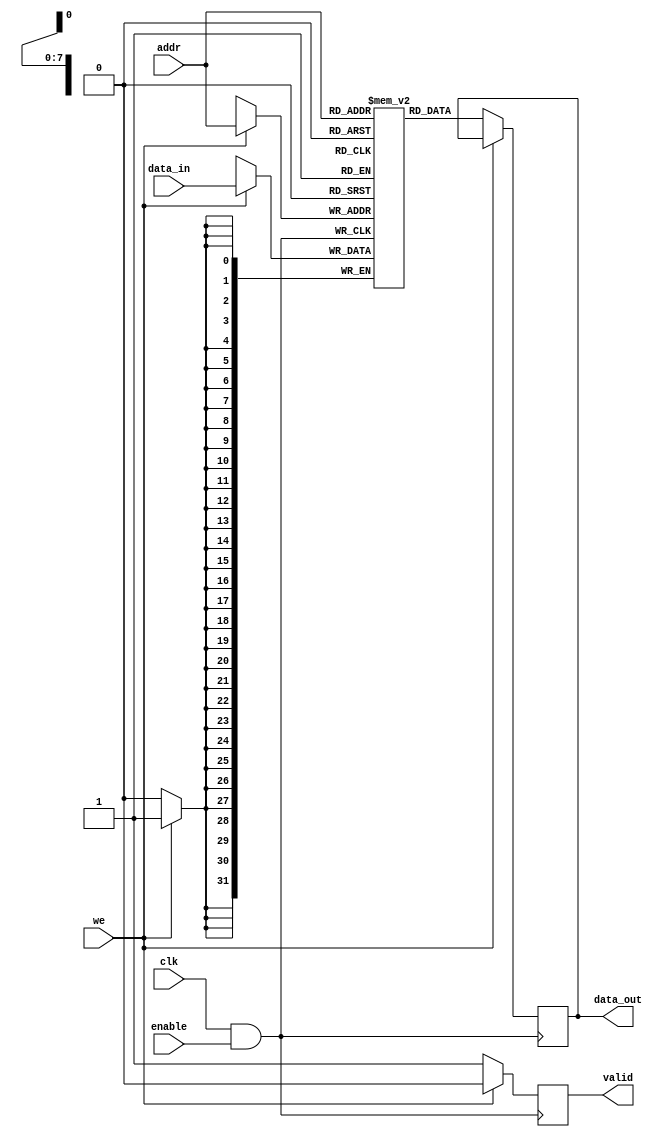
module MemoryBlock #(
    parameter ADDR_WIDTH = 8,   // Address width
    parameter DATA_WIDTH = 32,   // Data width
    parameter MEMORY_DEPTH = 256  // Number of memory locations
)(
    input wire clk,               // Main clock signal
    input wire enable,            // Enable signal for the memory block
    input wire [ADDR_WIDTH-1:0] addr, // Address input
    input wire [DATA_WIDTH-1:0] data_in, // Data input for write
    input wire we,                // Write enable signal
    output reg [DATA_WIDTH-1:0] data_out, // Data output for read
    output reg valid              // Output valid signal
);

    // Memory array
    reg [DATA_WIDTH-1:0] mem [0:MEMORY_DEPTH-1];

    // Clock gating signal
    wire gated_clk;

    // Clock gating logic
    assign gated_clk = clk & enable; // Gated clock is clk when enabled

    // Memory operations
    always @(posedge gated_clk) begin
        if (we) begin
            // Write operation
            mem[addr] <= data_in;
            valid <= 1'b0; // Invalid data output during write
        end else begin
            // Read operation
            data_out <= mem[addr];
            valid <= 1'b1; // Valid data output during read
        end
    end

endmodule